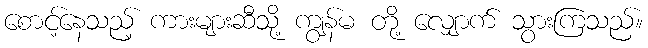
စောင့်နေသည့် ကားများဆီသို့ ကျွန်မ တို့ လျှောက် သွားကြသည်။